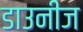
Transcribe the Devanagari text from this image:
डाउनीज